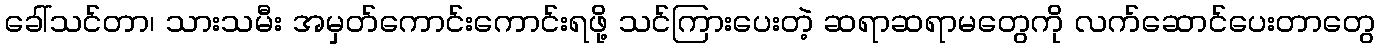
ခေါ်သင်တာ၊ သားသမီး အမှတ်ကောင်းကောင်းရဖို့ သင်ကြားပေးတဲ့ ဆရာဆရာမတွေကို လက်ဆောင်ပေးတာတွေ